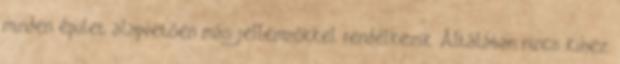
minden épület alapvetően más jellemzőkkel rendelkezik. Általában nincs kihez